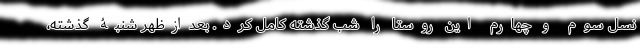
نسل سوم و چهارم این روستا را شب گذشته کامل کرد. بعدازظهر شنبۀ گذشته،